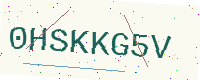
Text: 0HSKKG5V